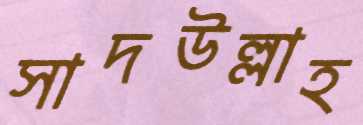
সাদউল্লাহ